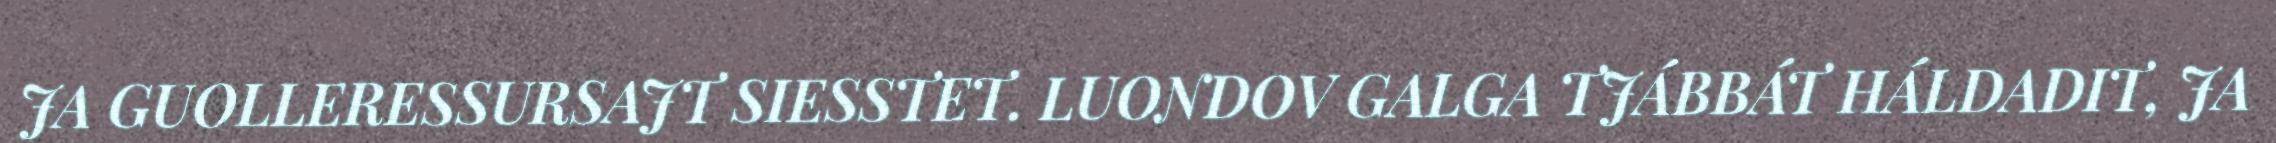
JA GUOLLERESSURSAJT SIESSTET. LUONDOV GALGA TJÁBBÁT HÁLDADIT, JA